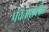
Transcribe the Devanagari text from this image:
पंचतारांकीत